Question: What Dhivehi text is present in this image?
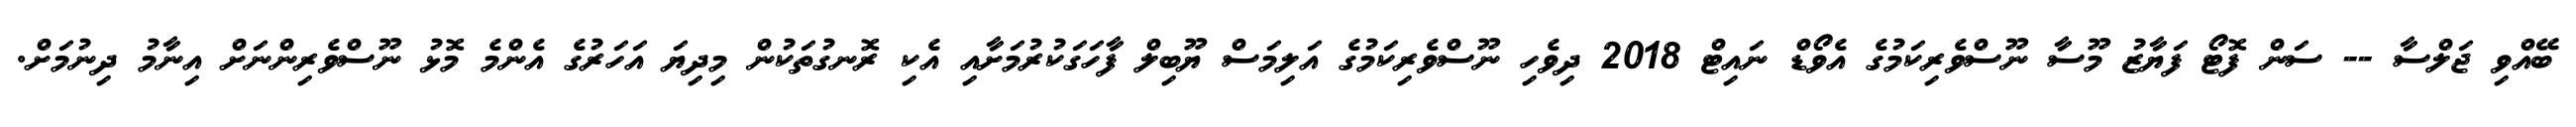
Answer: ބޭއްވި ޖަލްސާ -- ސަން ފޮޓޯ ފަޔާޒު މޫސާ ނޫސްވެރިކަމުގެ އެވޯޑް ނައިޓް 2018 ދިވެހި ނޫސްވެރިކަމުގެ އަލިމަސް ޔޫބިލް ފާހަގަކުރުމަށާއި އެކި ރޮނގުތަކުން މިދިޔަ އަހަރުގެ އެންމެ މޮޅު ނޫސްވެރިންނަށް އިނާމު ދިނުމަށް.